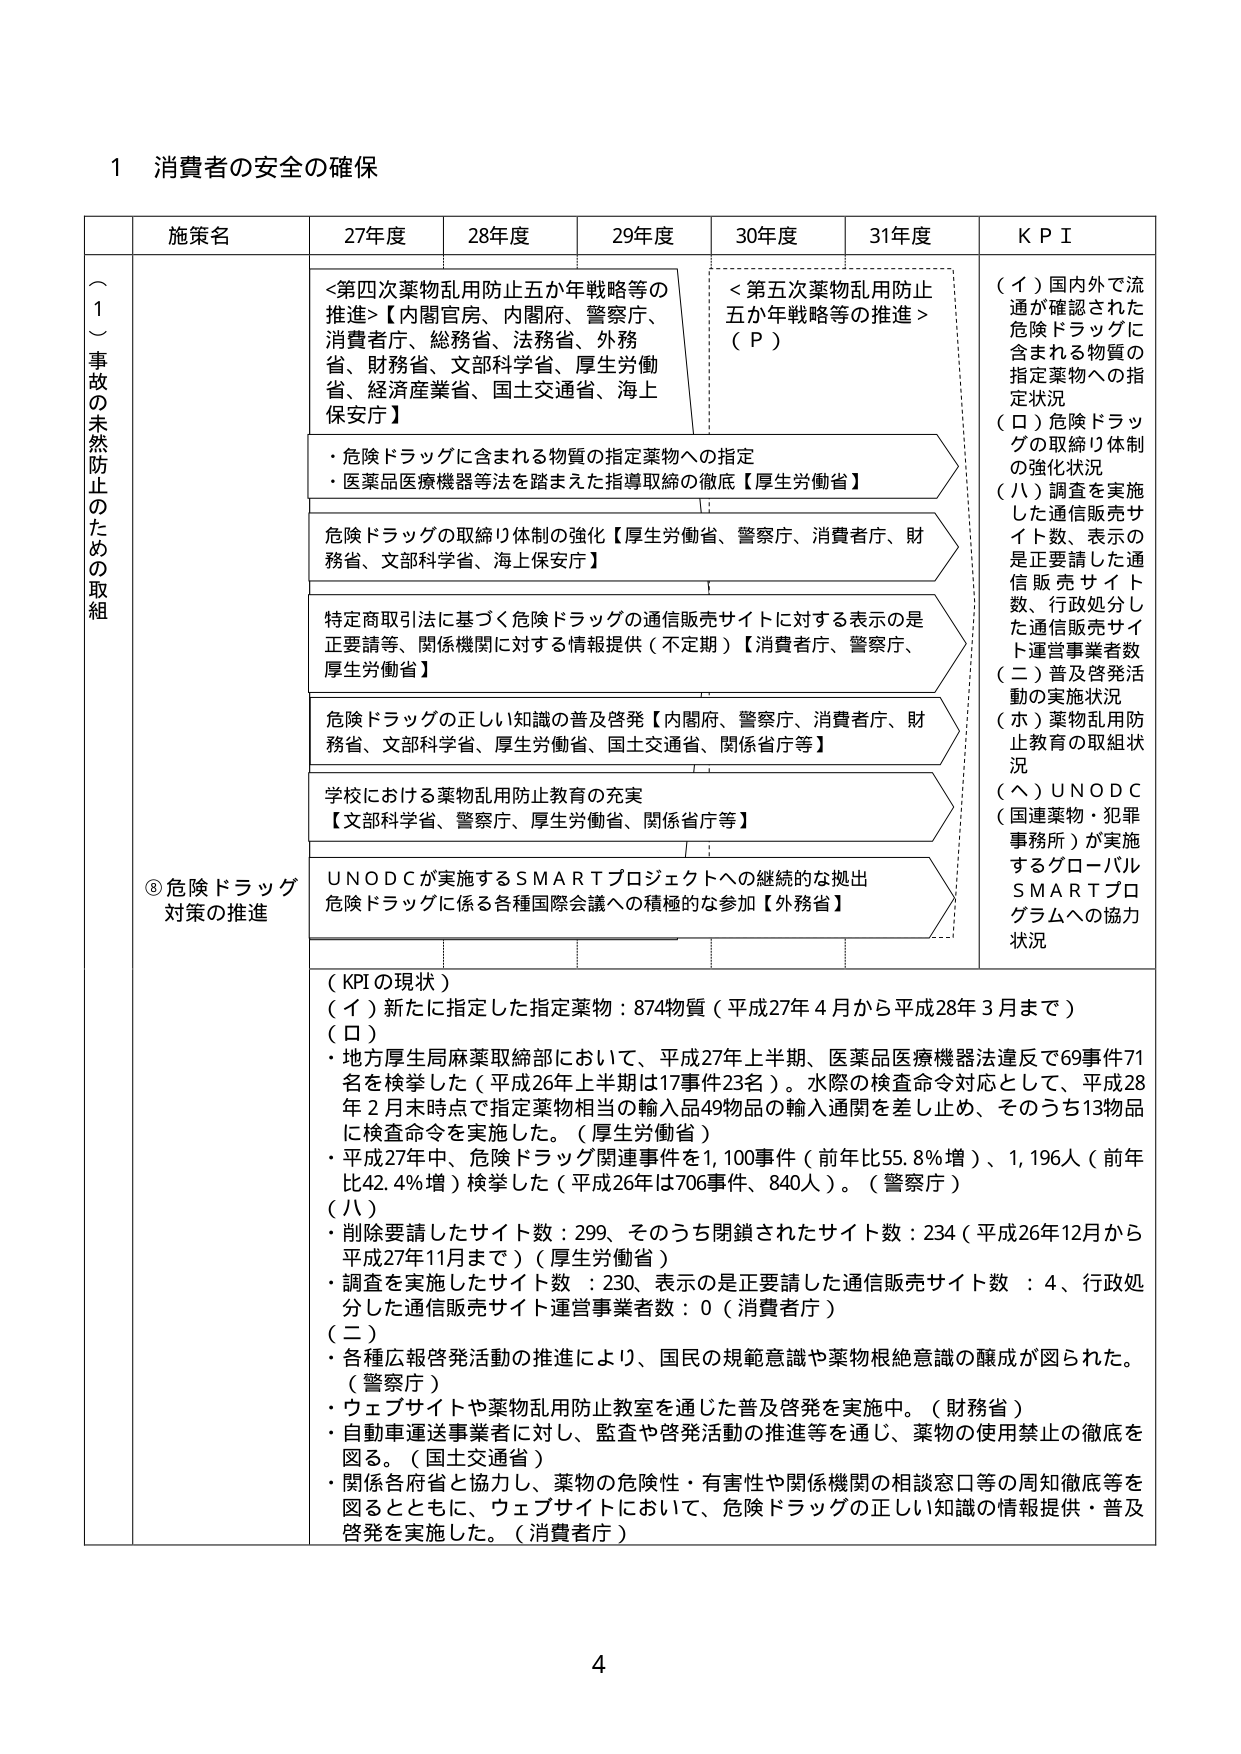
1 消費者の安全の確保

（１）事故の未然防止のための取組

施策名

27年度

28年度

29年度

30年度

31年度

KPI

⑧危険ドラッグ対策の推進

<第四次薬物乱用防止五か年戦略等の推進>【内閣官房、内閣府、警察庁、消費者庁、総務省、法務省、外務省、財務省、文部科学省、厚生労働省、経済産業省、国土交通省、海上保安庁】

<第五次薬物乱用防止五か年戦略等の推進>（Ｐ）

（イ）国内外で流通が確認された危険ドラッグに含まれる物質の指定薬物への指定状況

（ロ）危険ドラッグの取締り体制の強化状況

（ハ）調査を実施した通信販売サイト数、表示の是正要請した通信販売サイト数、行政処分した通信販売サイト運営事業者数

（二）普及啓発活動の実施状況

（ホ）薬物乱用防止教育の取組状況

（ヘ）ＵＮＯＤＣ（国連薬物・犯罪事務所）が実施するグローバルＳＭＡＲＴプログラムへの協力状況

・危険ドラッグに含まれる物質の指定薬物への指定

・医薬品医療機器等法を踏まえた指導取締の徹底【厚生労働省】

危険ドラッグの取締り体制の強化【厚生労働省、警察庁、消費者庁、財務省、文部科学省、海上保安庁】

特定商取引法に基づく危険ドラッグの通信販売サイトに対する表示の是正要請等、関係機関に対する情報提供（不定期）【消費者庁、警察庁、厚生労働省】

危険ドラッグの正しい知識の普及啓発【内閣府、警察庁、消費者庁、財務省、文部科学省、厚生労働省、国土交通省、関係省庁等】

学校における薬物乱用防止教育の充実【文部科学省、警察庁、厚生労働省、関係省庁等】

ＵＮＯＤＣが実施するＳＭＡＲＴプロジェクトへの継続的な拠出危険ドラッグに係る各種国際会議への積極的な参加【外務省】

（KPIの現状）

（イ）新たに指定した指定薬物：874物質（平成27年4月から平成28年3月まで）

（ロ）

・地方厚生局麻薬取締部において、平成27年上半期、医薬品医療機器法違反で69事件71名を検挙した（平成26年上半期は17事件23名）。水際の検査命令対応として、平成28年2月末時点で指定薬物相当の輸入品49物品の輸入通関を差し止め、そのうち13物品に検査命令を実施した。（厚生労働省）

・平成27年中、危険ドラッグ関連事件を1,100事件（前年比55.8％増）、1,196人（前年比42.4％増）検挙した（平成26年は706事件、840人）。（警察庁）

（ハ）

・削除要請したサイト数：299、そのうち閉鎖されたサイト数：234（平成26年12月から平成27年11月まで）（厚生労働省）

・調査を実施したサイト数：230、表示の是正要請した通信販売サイト数：4、行政処分した通信販売サイト運営事業者数：0（消費者庁）

（二）

・各種広報啓発活動の推進により、国民の規範意識や薬物根絶意識の醸成が図られた。（警察庁）

・ウェブサイトや薬物乱用防止教室を通じた普及啓発を実施中。（財務省）

・自動車運送事業者に対し、監査や啓発活動の推進等を通じ、薬物の使用禁止の徹底を図る。（国土交通省）

・関係各府省と協力し、薬物の危険性・有害性や関係機関の相談窓口等の周知徹底を図るとともに、ウェブサイトにおいて、危険ドラッグの正しい知識の情報提供・普及啓発を実施した。（消費者庁）

4